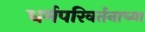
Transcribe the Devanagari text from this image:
धर्मपरिवर्तनाच्या